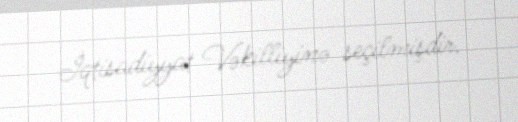
İqtisadiyyat Vəkilliyinə seçilmişdir.